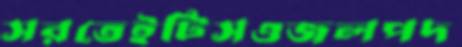
সরতেইটিসওজলপদ